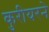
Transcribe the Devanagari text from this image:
कुरीयरने